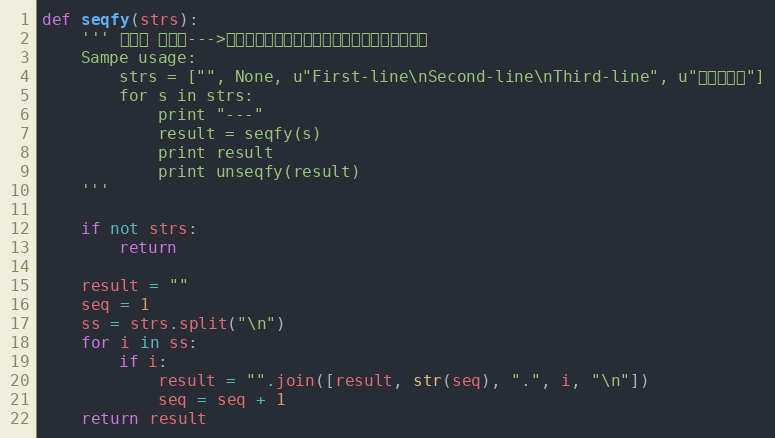
Language: Python
def seqfy(strs):
    ''' 序列化 字符串--->实际效果是，为字符串，添加行号，返回字符串
    Sampe usage:
        strs = ["", None, u"First-line\nSecond-line\nThird-line", u"没有换行符"]
        for s in strs:
            print "---"
            result = seqfy(s)
            print result
            print unseqfy(result)
    '''

    if not strs:
        return

    result = ""
    seq = 1
    ss = strs.split("\n")
    for i in ss:
        if i:
            result = "".join([result, str(seq), ".", i, "\n"])
            seq = seq + 1
    return result